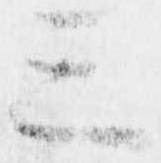
三